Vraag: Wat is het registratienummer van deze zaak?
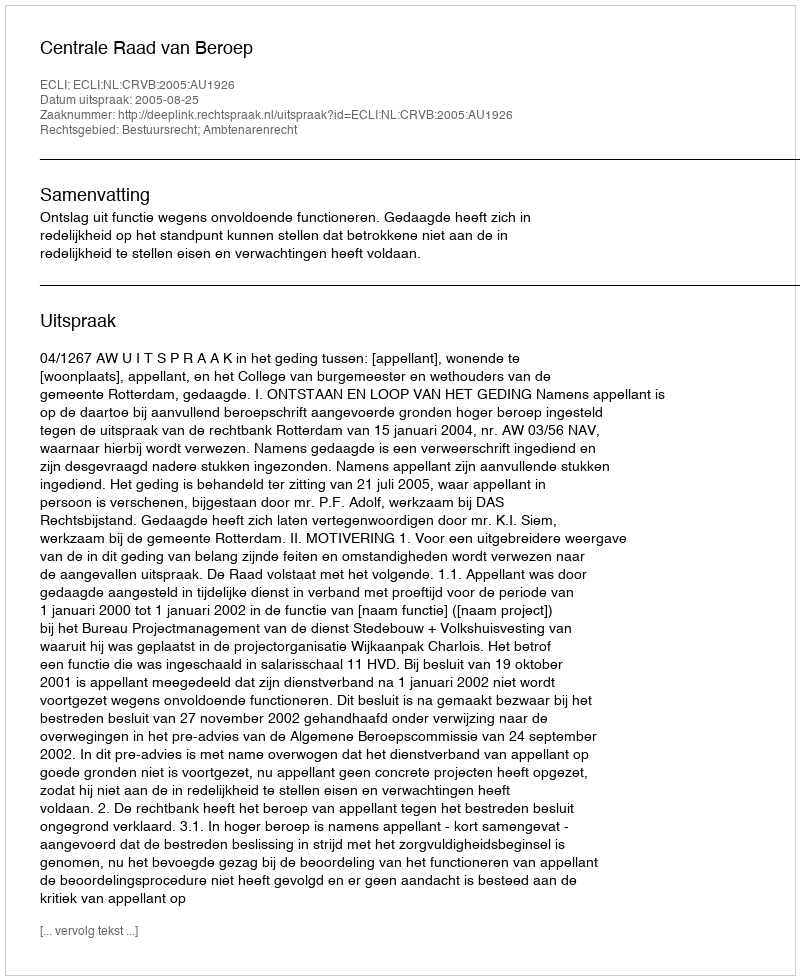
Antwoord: http://deeplink.rechtspraak.nl/uitspraak?id=ECLI:NL:CRVB:2005:AU1926